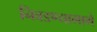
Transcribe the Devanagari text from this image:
निवडण्यामागे